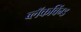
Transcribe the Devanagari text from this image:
ब्लॅकविंग्ड